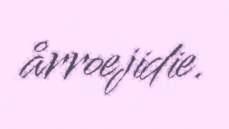
årroejidie.